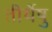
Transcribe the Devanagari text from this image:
तीर्थेषु